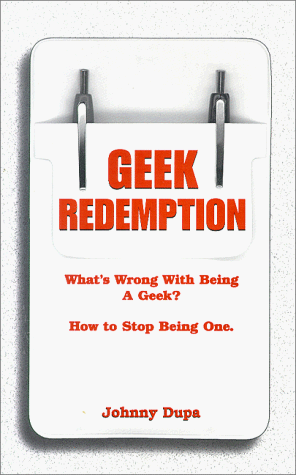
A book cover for Geek Redemption; Johnny Dupa; Humor & Entertainment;